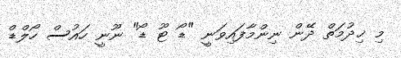
މި ޚިދުމަތް ދޭން ނިންމާފައިވަނީ "ޑޯ ޓޫ ޑޯ" ނޫނީ ހައުސް ހޯލްޑް